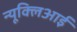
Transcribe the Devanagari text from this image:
न्यूक्लिआई